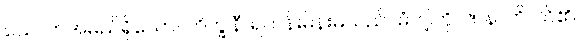
သေလာအမည်ရှိသော။ ဘိက္ခုနီ၊ ရဟန်းမိန်းမသည်။ မံ၊ ငါ့ကို။ ဇာနာတိ၊ သိ၏။